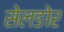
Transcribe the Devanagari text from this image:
सेलङोर